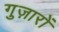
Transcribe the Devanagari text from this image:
गुज़ारों